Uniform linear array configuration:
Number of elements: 8
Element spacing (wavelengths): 0.5
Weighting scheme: binomial
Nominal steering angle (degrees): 45
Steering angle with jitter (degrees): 43.567
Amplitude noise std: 0.05
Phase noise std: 0.05

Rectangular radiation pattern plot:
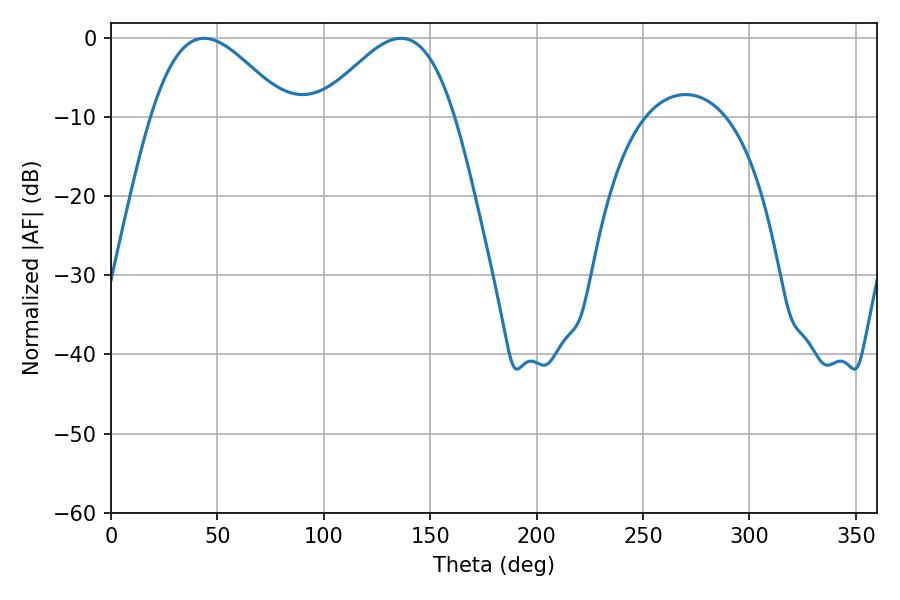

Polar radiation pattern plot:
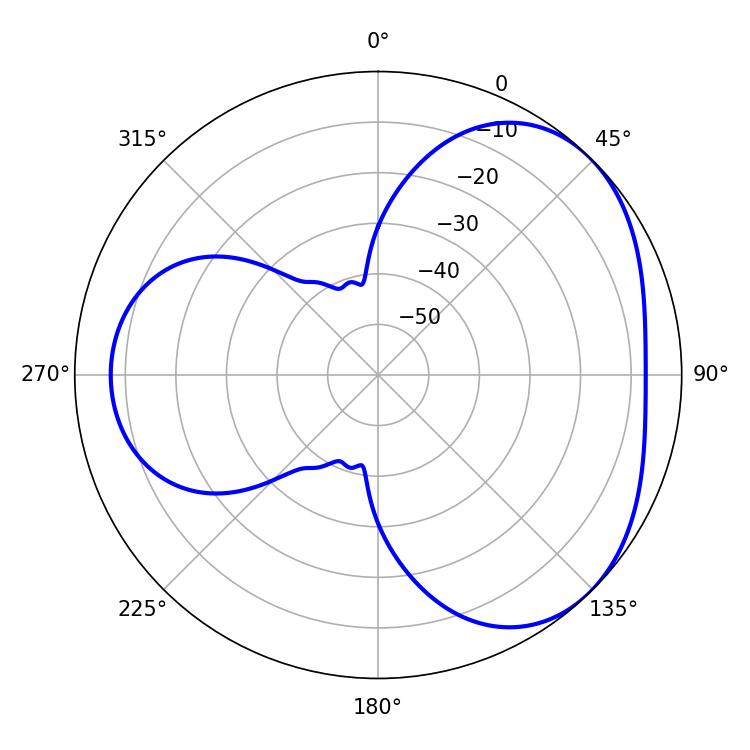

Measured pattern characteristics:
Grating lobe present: FALSE
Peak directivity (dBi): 3.707
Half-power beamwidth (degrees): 34.2
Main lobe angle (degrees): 43.74